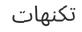
تكنھات